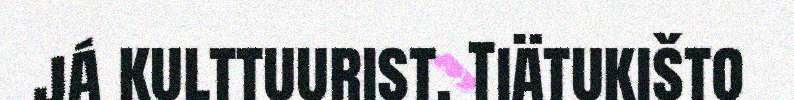
já kulttuurist. Tiätukišto